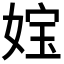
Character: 𡝬